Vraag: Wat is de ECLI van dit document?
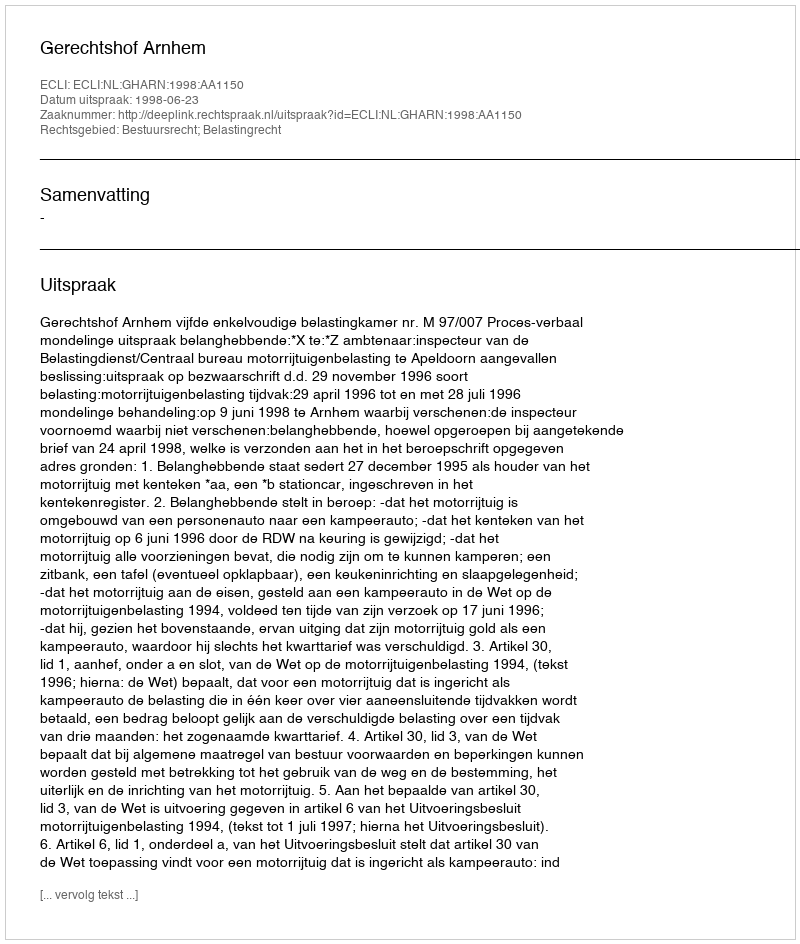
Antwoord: ECLI:NL:GHARN:1998:AA1150